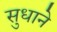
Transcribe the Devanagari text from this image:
सुधाने